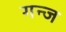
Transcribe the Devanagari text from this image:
गन्ज